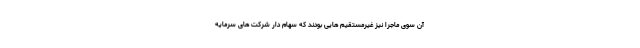
آن سوی ماجرا نیز غیرمستقیم هایی بودند که سهام دار شرکت های سرمایه